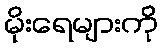
မိုးရေများကို